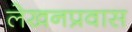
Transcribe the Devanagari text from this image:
लेखनप्रवास